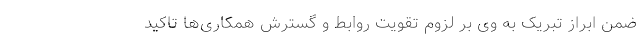
ضمن ابراز تبریک به وی بر لزوم تقویت روابط و گسترش همکاری‌ها تاکید